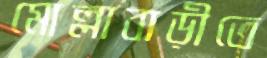
মোল্লাবাড়ীতে